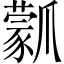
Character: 𤔾